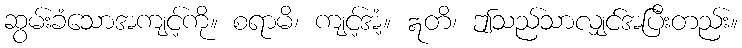
ဆွမ်းခံသောအကျင့်ကို။ စရာမိ၊ ကျင့်အံ့။ ဣတိ၊ ဤသည်သာလျှင်အပြီးတည်း။